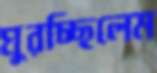
ঘুরচ্ছিলেম